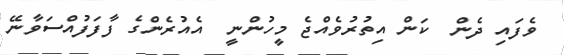
ވެފައި ދެން  ކަން އިތުރުވެއްޖެ މީހުންނީ  އެއުރެންގެ ފާފަފުއްސަވާނޭ